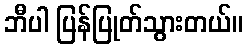
ဘီပါ ပြန်ပြုတ်သွားတယ်။